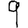
Digit: 9